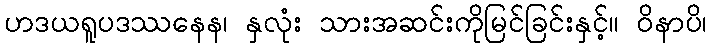
ဟဒယရူပဒဿနေန၊ နှလုံး သားအဆင်းကိုမြင်ခြင်းနှင့်။ ဝိနာပိ၊